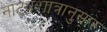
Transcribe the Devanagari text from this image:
नाट्यशात्रानुसार